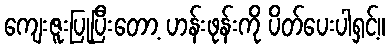
ကျေးဇူးပြုပြီးတော့ ဟန်းဖုန်းကို ပိတ်ပေးပါရှင့်။